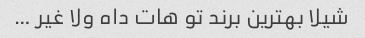
شیلا بهترین برند تو هات داه ولا غیر …